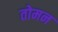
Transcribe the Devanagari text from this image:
तोमन